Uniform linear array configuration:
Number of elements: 8
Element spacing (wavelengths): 0.25
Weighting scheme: cosine
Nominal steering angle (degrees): -15
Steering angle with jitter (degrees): -15.613
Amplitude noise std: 0.05
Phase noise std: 0.05

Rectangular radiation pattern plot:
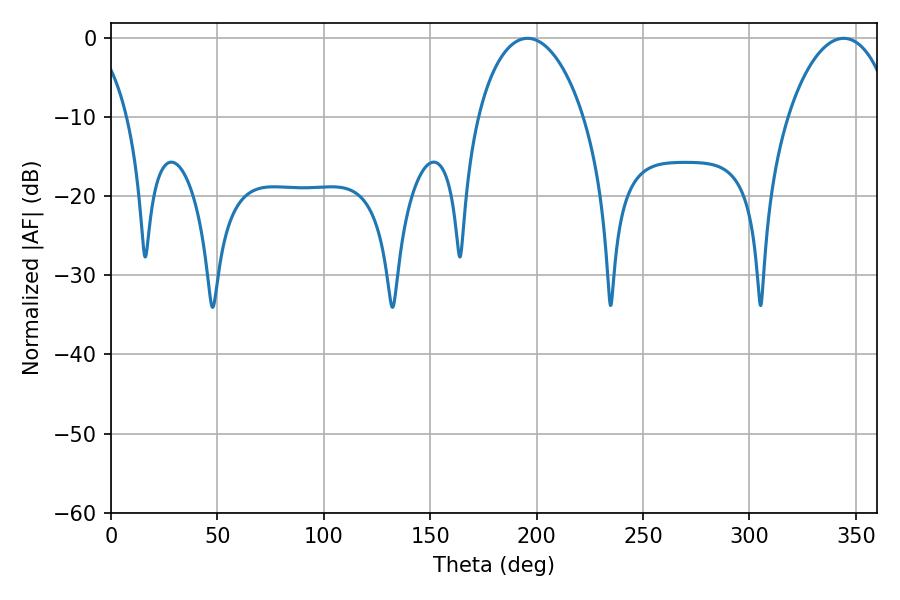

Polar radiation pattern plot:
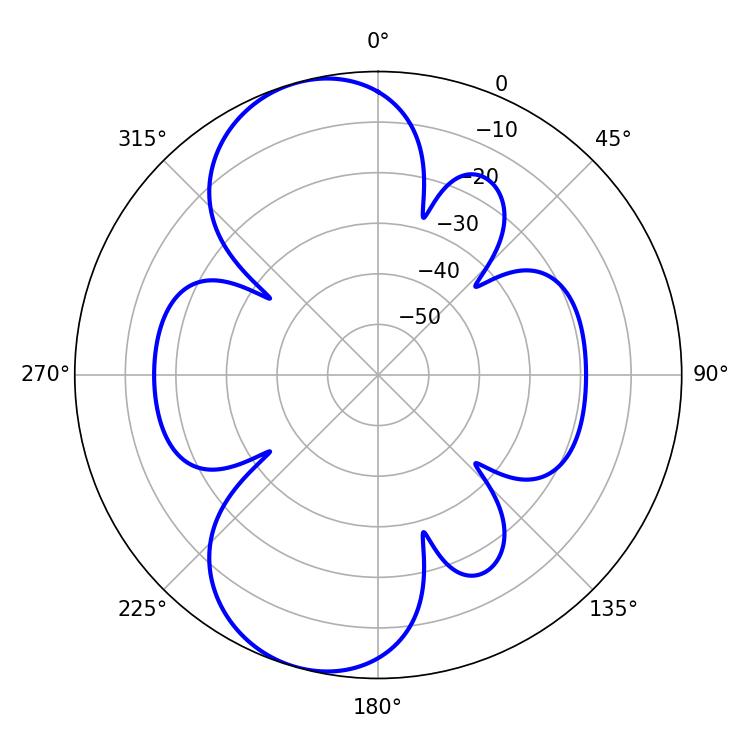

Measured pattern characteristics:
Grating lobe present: FALSE
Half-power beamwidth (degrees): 28.44
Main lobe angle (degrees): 195.66